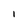
Character: i